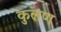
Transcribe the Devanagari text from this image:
कुलण